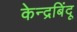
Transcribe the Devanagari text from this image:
केन्द्रबिंदू